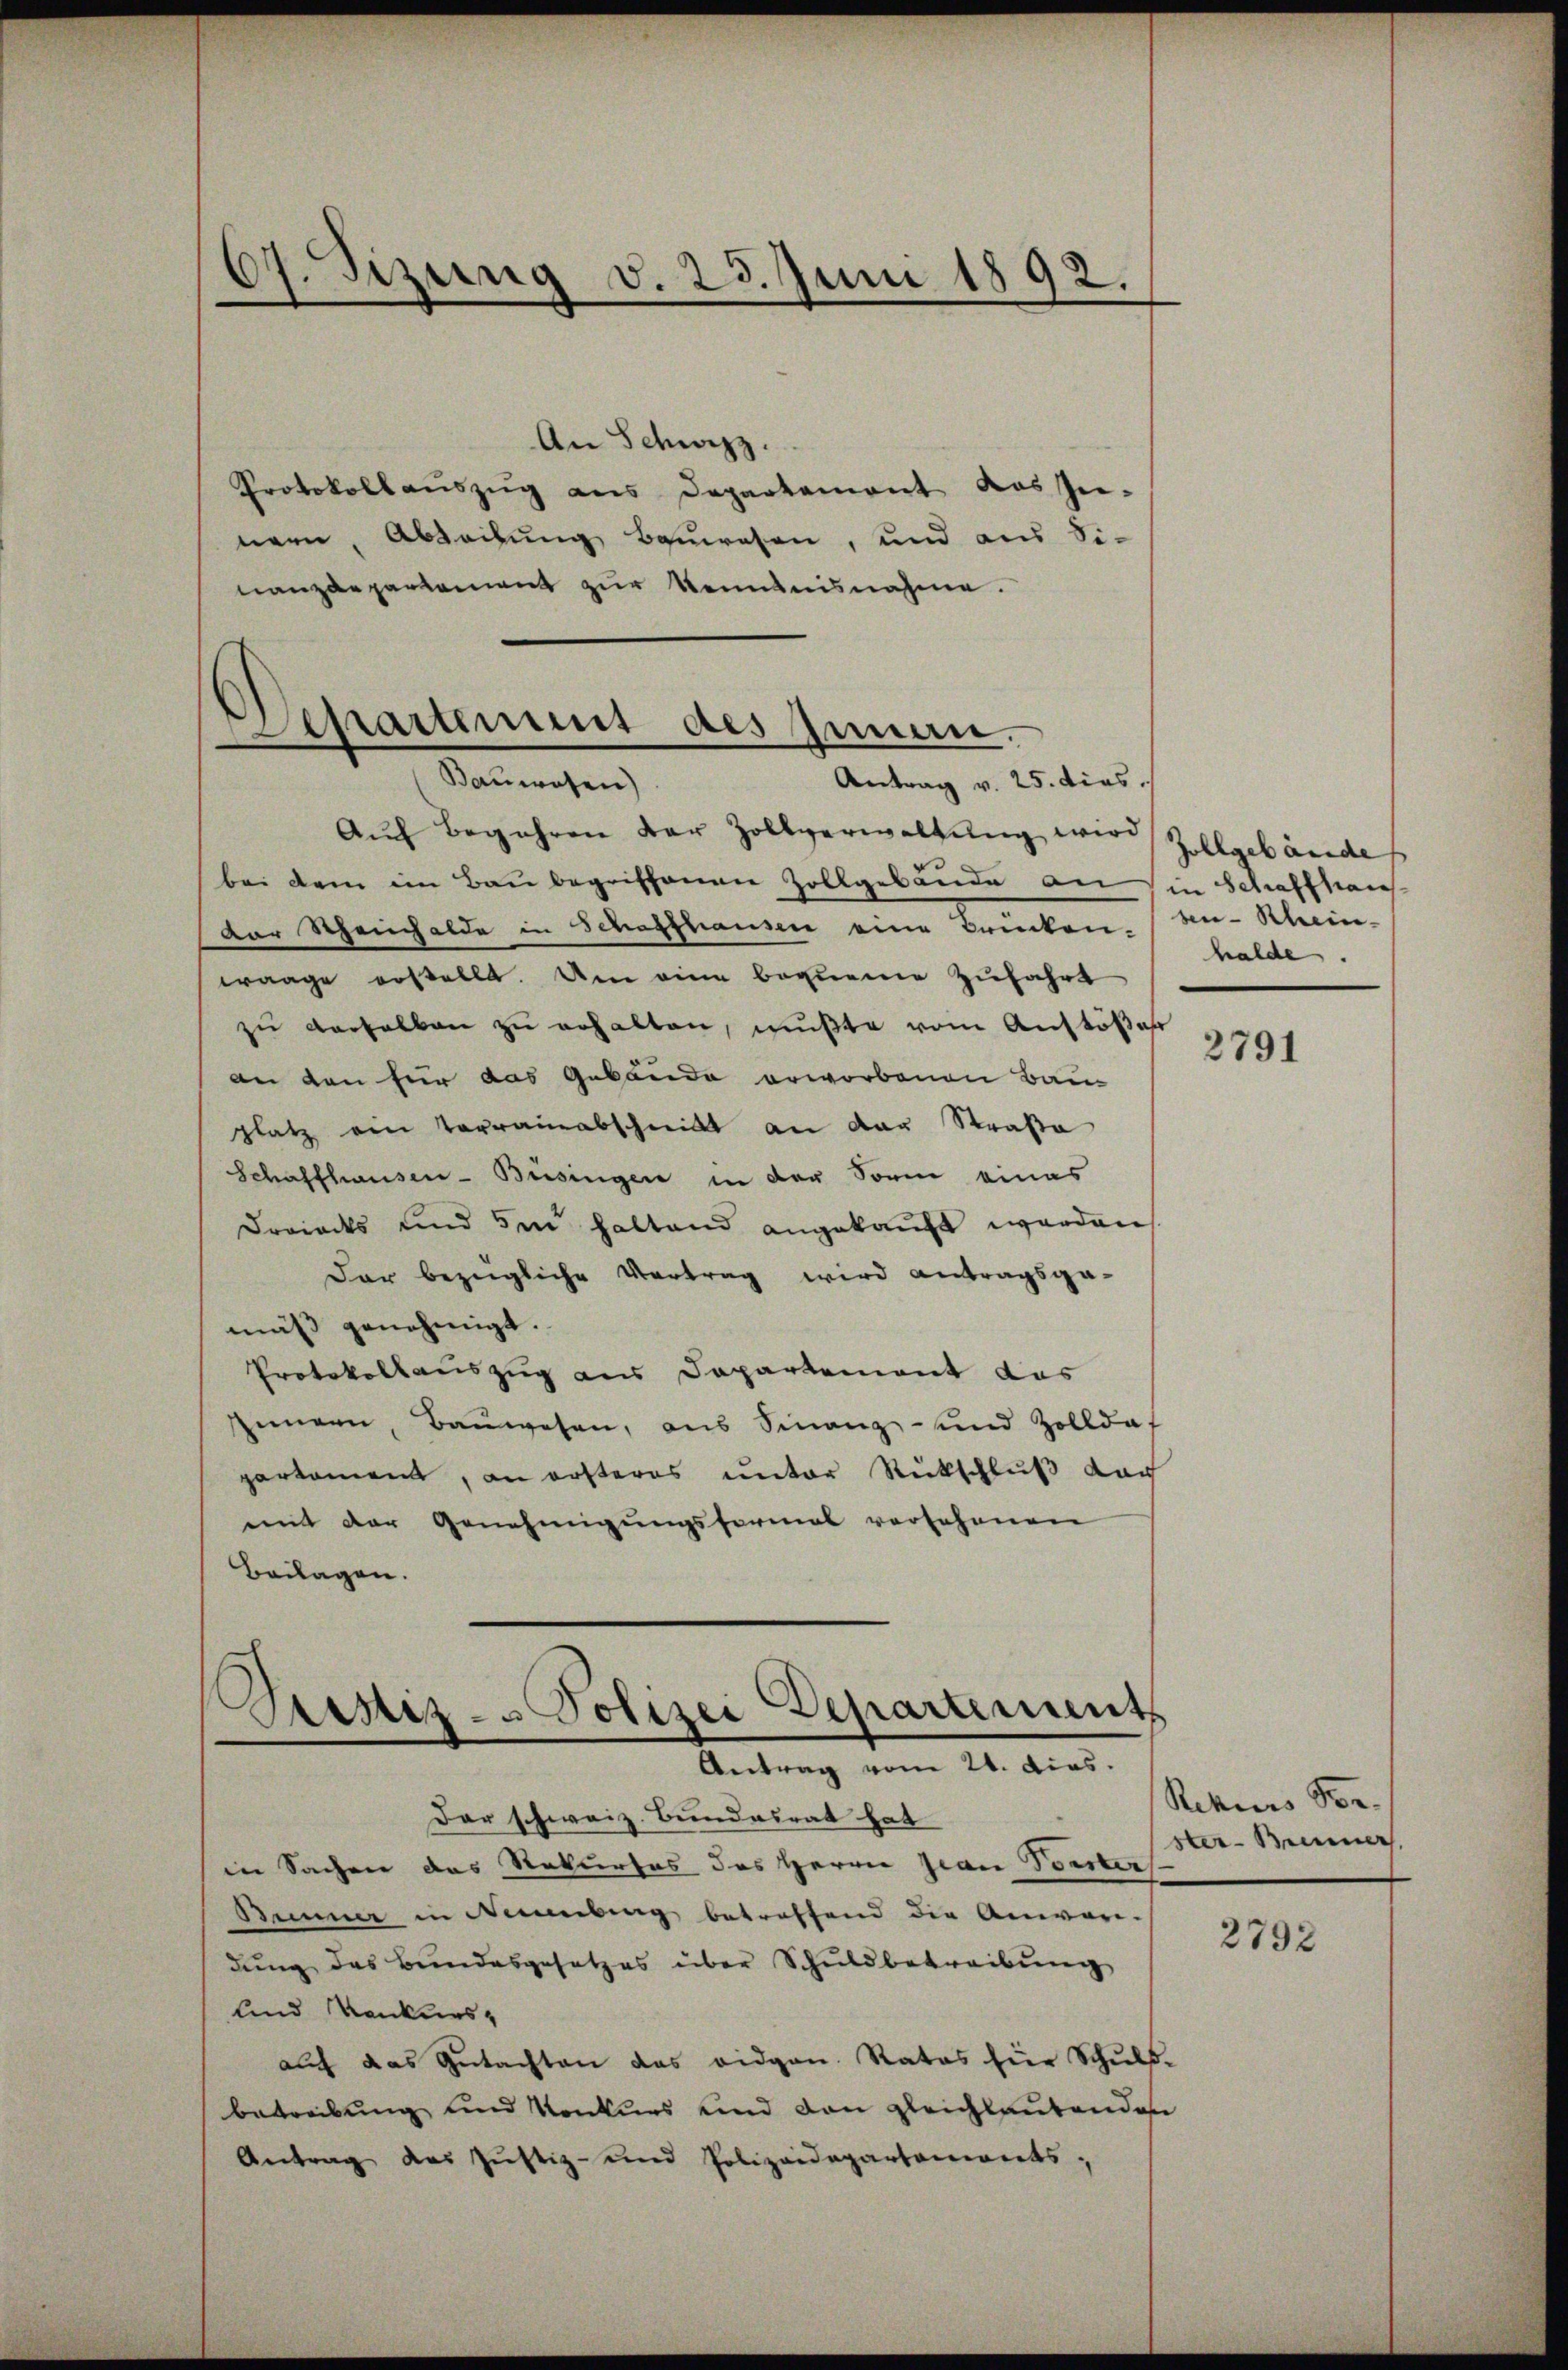
67. Sizung v. 23. Juni 1892.

An Schwyzz.
Protokollauszug aus Departement das In-
nern, Abrechung bauwesen, und aus Sinanzdepartement zur Kenntnisnahme.
Antrag v. 25. dies
Aŭf Begehren der Zollverwaltŭng wird Zollgebäudes
bei dem im Bau begriffenen Zollgebäude an in Schaffhaus
Der Scheinhalde in Schaffhausen eine Brücken, an- Rhein-
waage erstellt. Um eine bequeme Zufahrt
zu verselben zu erhalten, mußte vom Anstößer
an den für das Gebäude erworbenen Bau-
platz ein Vorrainabschnitt an der Straße
Schaffhausen-Büsingen in der Form eines
Dreiecks und 5m haltend angekauft werden.
Dar bezügliche Vertrag wird antragsga-
mäß genehmigt.
Protokollauszug aus Departement das
Zungen, Bauwesen, aus Finanz- und Zollda
partament, an ersteres unter Rückschluß doch
mit der Genehmigungsformal versehenen
Beilagen.

Departement des Innen.
.

ustiz- & Polizei Departements
Antrag vom 24. dies.

Der schweiz. Bundesrat hat
in Sachen das Rekurses des Herrn Jean Vorster
Beiner in Membung betreffend die Anwar-
dung das Bundesgesetzes über Schuldbetreibung
und Konkurs-
auf das Gutachten das eidgan. Rates für Schŭls-
betreibung und Konkurs und den gleichlautenden
Antrag des Justiz- und Polizeidepartements,

halde.

2791

Rekurs Vor-
ster-Brenner

2792